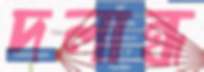
দলান্ধ